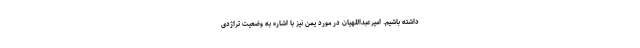
داشته باشیم. امیرعبداللهیان در مورد یمن نیز با اشاره به وضعیت تراژدی